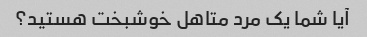
آیا شما یک مرد متاهل خوشبخت هستید؟